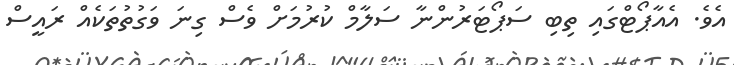
އެވެ. އެއާޕޯޓްގައި ތިބި ސަޕޯޓަރުންނާ ސަލާމް ކުރުމަށް ވެސް ގިނަ ވަގުތުތަކެއް ރައީސް